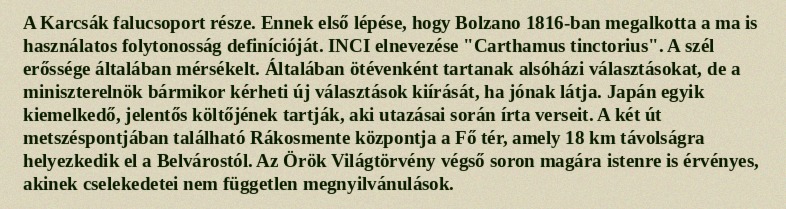
A Karcsák falucsoport része. Ennek első lépése, hogy Bolzano 1816-ban megalkotta a ma is használatos folytonosság definícióját. INCI elnevezése "Carthamus tinctorius". A szél erőssége általában mérsékelt. Általában ötévenként tartanak alsóházi választásokat, de a miniszterelnök bármikor kérheti új választások kiírását, ha jónak látja. Japán egyik kiemelkedő, jelentős költőjének tartják, aki utazásai során írta verseit. A két út metszéspontjában található Rákosmente központja a Fő tér, amely 18 km távolságra helyezkedik el a Belvárostól. Az Örök Világtörvény végső soron magára istenre is érvényes, akinek cselekedetei nem független megnyilvánulások.